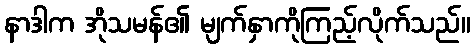
နာဒါက အိုသမန်၏ မျက်နှာကိုကြည့်လိုက်သည်။